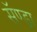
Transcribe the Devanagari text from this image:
सॅण्ड्रा